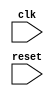
module behavioral_modeling_block (
    input wire clk,
    input wire reset
);

always @ (posedge clk or negedge reset)
begin
    // Behavior to execute on positive clock edge and negative reset edge
    // Add your desired logic here
end

endmodule